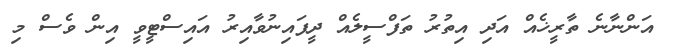
އަންނާނެ ތާރީޚެއް އަދި އިތުރު ތަފްސީލެއް ދީފައިނުވާއިރު އައިސްޓީވީ އިން ވެސް މި